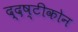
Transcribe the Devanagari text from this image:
द्दष्टीकोन